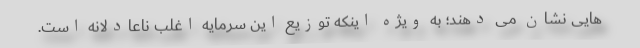
هایی نشان می دهند؛ به ویژه اینکه توزیع این سرمایه اغلب ناعادلانه است.